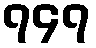
၇၄၇